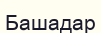
Башадар